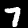
Digit: 7